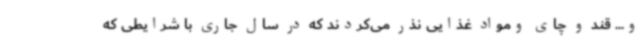
و... قند و چای ومواد غذایی نذر می‌کردند که در سال جاری با شرایطی که